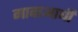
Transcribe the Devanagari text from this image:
गावाआधी